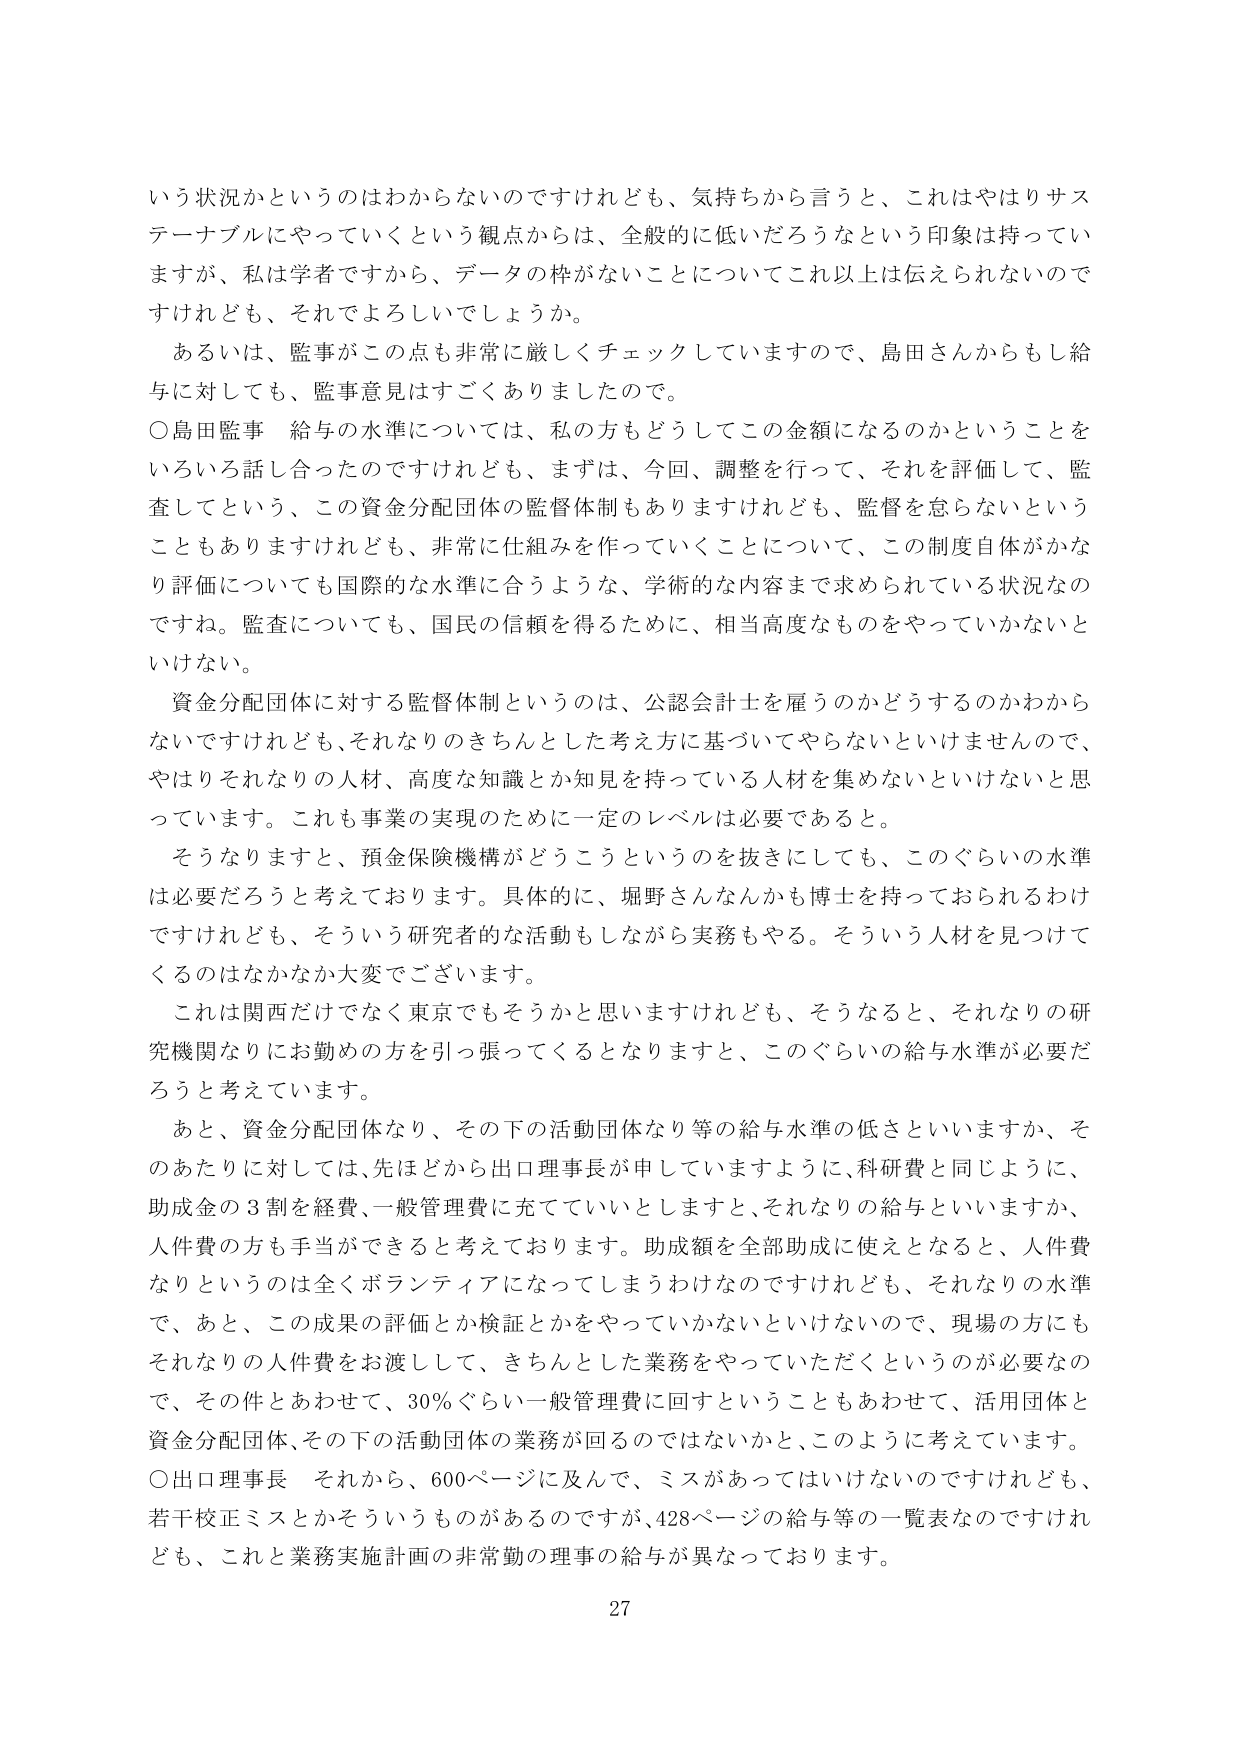
いう状況かというのはわからないのですけれども、気持ちから言うと、これはやはりサステーナブルにやっていくという観点からは、全般的に低いだろうなという印象は持っていきますが、私は学者ですから、データの枠がないことについてこれ以上は伝えられないのですけれども、それでよろしいでしょうか。

あるいは、監事がこの点も非常に厳しくチェックしていますので、島田さんからもし給与に対しても、監事意見はすごくありましたので。

〇島田監事　給与の水準については、私の方もどうしてこの金額になるのかということをいろいろ話し合ったのですけれども、まずは、今回、調整を行って、それを評価して、監査してという、この資金分配団体の監督体制もありますけれども、監督を怠らないということもありますけれども、非常に仕組みを作っていくことについて、この制度自体がかなり評価についても国際的な水準に合うような、学術的な内容まで求められている状況なのですね。監査についても、国民の信頼を得るために、相当高度なものをやっていかないといけない。

資金分配団体に対する監督体制というのは、公認会計士を雇うのかどうするのかわからないですけれども、それなりのきちんとした考え方に基づいてやらないといけませんので、やはりそれなりの人材、高度な知識とか知見を持っている人材を集めないといけないと思っています。これも事業の実現のために一定のレベルは必要であると。

そうなりますと、預金保険機構がどうこうというのを抜きにしても、このぐらいの水準は必要だろうと考えております。具体的に、堀野さんなんかも博士を持っておられるわけですけれども、そういう研究者的な活動もしながら実務もやる。そういう人材を見つけてくるのはなかなか大変でございます。

これは関西だけでなく東京でもそうかと思いますけれども、そうなると、それなりの研究機関なりにお勤めの方を引っ張ってくるとなりますと、このぐらいの給与水準が必要だろうと考えています。

あと、資金分配団体なり、その下の活動団体なり等の給与水準の低さといいますか、そのあたりに対しては、先ほどから出口理事長が申していますように、科研費と同じように、助成金の3割を経費、一般管理費に充てていいとしますと、それなりの給与といいますか、人件費の方も手当ができると考えております。助成額を全部助成に使えとなると、人件費なりというのは全くボランティアになってしまうわけなのですけれども、それなりの水準で、あと、この成果の評価とか検証とかをやっていかないといけないので、現場の方にもそれなりの人件費をお渡しして、きちんとした業務をやっていただくというのが必要なので、その件とあわせて、30％ぐらい一般管理費に回すということもあわせて、活用団体と資金分配団体、その下の活動団体の業務が回るのではないかと、このように考えています。

〇出口理事長　それから、600ページに及んで、ミスがあってはいけないのですけれども、若干校正ミスとかそういうものがあるのですが、428ページの給与等の一覧表なのですけれども、これと業務実施計画の非常勤の理事の給与が異なっております。

27